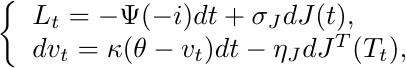
 \begin{equation*}
\left\{
             \begin{array}{lr}
             L_t =-\Psi(-i) dt + \sigma_J dJ(t), &   \\
             d v_t = \kappa (\theta - v_t)dt- \eta_J dJ^T({T_t}),
             \end{array}
\right.
\end{equation*}